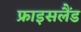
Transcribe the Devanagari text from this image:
फ्राइसलैंड